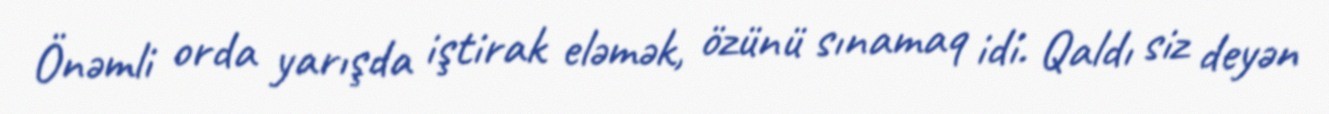
Önəmli orda yarışda iştirak eləmək, özünü sınamaq idi. Qaldı siz deyən